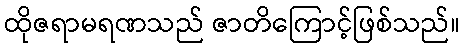
ထိုဇရာမရဏသည် ဇာတိကြောင့်ဖြစ်သည်။